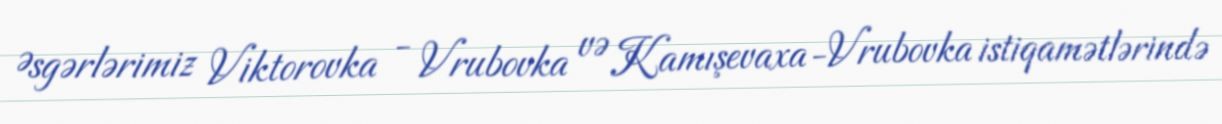
Əsgərlərimiz Viktorovka - Vrubovka və Kamışevaxa-Vrubovka istiqamətlərində